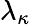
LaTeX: \lambda_{\kappa}